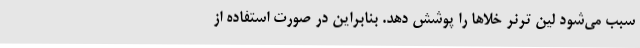
سبب می‌شود لین ترنر خلا‌ها را پوشش دهد. بنابراین در صورت استفاده از